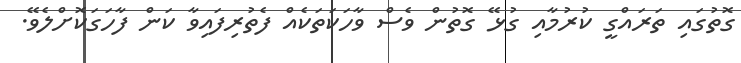
ގޮތުގައި ތަރައްގީ ކުރުމާއި ގުޅޭ ގޮތުން ވެސް ވާހަކަތަކެއް ފެތުރިފައިވާ ކަން ފާހަަގަކޮށްލެވޭ.